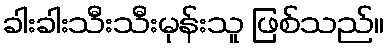
ခါးခါးသီးသီးမုန်းသူ ဖြစ်သည်။